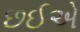
છઈએ